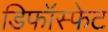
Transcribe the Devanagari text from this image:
डिफॉस्फेट